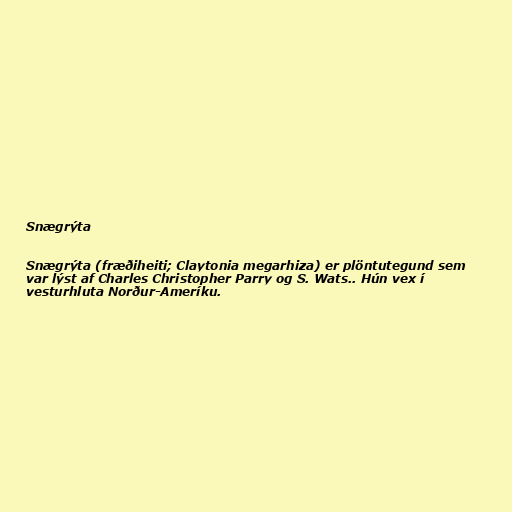
Snægrýta

Snægrýta (fræðiheiti; Claytonia megarhiza) er plöntutegund sem
var lýst af Charles Christopher Parry og S. Wats.. Hún vex í
vesturhluta Norður-Ameríku.